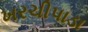
ખરચીપાડા